Materia medica of Madras volume I
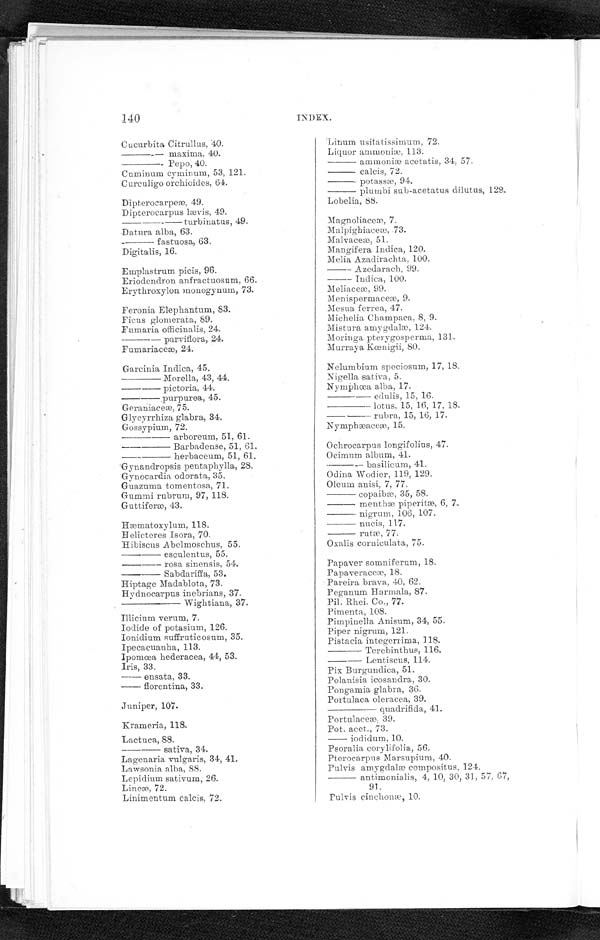
140
INDEX.
Cucurbita Citrullus, 40.
——————maxima, 40.
—————— Pepo, 40.
Cuminum cyminum, 53, 121.
Curculigo orchioides, 64.
Dipterocarpeæ, 49.
Dipterocarpus lævis, 49.
——————turbinatus, 49.
Datura alba, 63.
——————fastuosa, 63.
Digitalis, 16.
Emplastrum picis, 96.
Eriodendron anfraetuosum, 66.
Erythroxylon monogynum, 73.
Feronia Elephantum, 83.
Ficus glomerata, 89.
Fumaria officinalis, 24.
parviflora, 24.
Fumariaceæ, 24.
Gareinia Indica, 45.
——————Morella, 43, 44.
——————pictoria, 44.
——————purpurea, 45.
Ger ani aceæ, 75.
Glycyrrhiza glabra, 34.
Gossypiurn, 72.
——————arboreum, 51, 61.
Barbadense, 51, 61.
——————herbaceum, 51, 61.
Gynandropsis pentaphylla, 28.
Gynocardia odorata, 35.
Guazuma tomentosa, 71.
Gummi rubrum, 97, 118.
Guttiferæ, 43.
Hæmatoxylum, 118.
Helicteres Isora, 70.
Hibiscus Abelmoschus, 55.
——————esculentus, 55.
——————r osa si nensi s, 54.
——————bdar i f f a, 53.
Hiptage Madablota, 73.
Hydnocarpus inebrians, 37.
——————Wightiana, 37.
Illicium verum, 7.
Iodide of potasium, 126.
Ionidium suffruticosum, 35
.
Ipecacuauha, 113.
Ipomœa hederacea, 44, 53.
Iris, 33.
ensata, 33.
——————florentina, 33.
Juniper, 107.
Krameria, 118.
Lactuca, 88.
sativa, 34.
Lagenaria vulgaris, 34, 41.
Lawsonia alba, 88.
Lepidium sativum, 26.
Lineæ, 72.
Linimentum calcis, 72.
Linum usitatissimum, 72.
Liquor ammoniæ, 113.
—————— ammoniæ acetatis, 34, 57.
—————— calcis, 72. p o t a s s æ , 9 4 .
—————— plumbi sub-acetatus dilutus, 128.
Lobelia, 88.
Magnoliaceæ, 7.
Malpighiaceæ, 73.
Malvaceæ, 51.
Mangifera Indica, 120.
Melia Azadirachta, 100.
—————— Azedarach, 99.
—————— Indica, 100.
Meliaceæ, 99.
Menispermaceæ, 9.
Mesua ferrea, 47.
Michelia Champaca, 8, 9.
Mistura amygdalæ, 124.
Moringa pterygosperma, 131.
Murraya Kœnigii, 80.
Nelumbium speciosum, 17, 18.
Nigella sativa, 5.
Nymphœa alba, 17.
e d u l i s , 1 5 , 1 6 .
—————— lotus, 15, 16, 17, 18.
rubra, 15, 16, 17.
Nymphæaceæ, 15.
Ochrocarpus longifolius, 47.
Ocimum album, 41.
——————basilicum, 41.
Odiua Wodier, 119, 129.
Oleum auisi, 7, 77.
—————— copaibæ, 35, 58.
—————— menthæ piperitæ, 6, 7.
—————— nigrum. 106, 107.
—————— nucis, 117.
—————— rutæ, 77.
Oxalis corniculata, 75.
Papaver somniferum, 18.
Papaveraceæ, 18.
Pareira brava, 40, 62.
Peganum Hannala, 87.
Pil. Rhei. Co., 77.
Pimenta, 108.
Pimpiuclla Anisum, 34, 55.
Piper nigrum, 121.
Pistacia integerrima, 118.
Terebinthus, 116.
Lentiscus, 114.
Pix Burgundica, 51.
Polanisia icosandra, 30.
Pongamia glabra, 36.
Portulaca oleracea, 39.
quadrifida, 41.
Portulaceæ ; 39.
Pot. acet., 73.
—————— iodidum, 10.
Psoralia corylifolia, 56
.
Pterocarpus Marsupium, 40.
Pulvis amygdalæ composites, 124.
—————— autimonialis, 4, 10, 30, 31, 57. 67,
91.
Pulvis cinchonæ, 10.